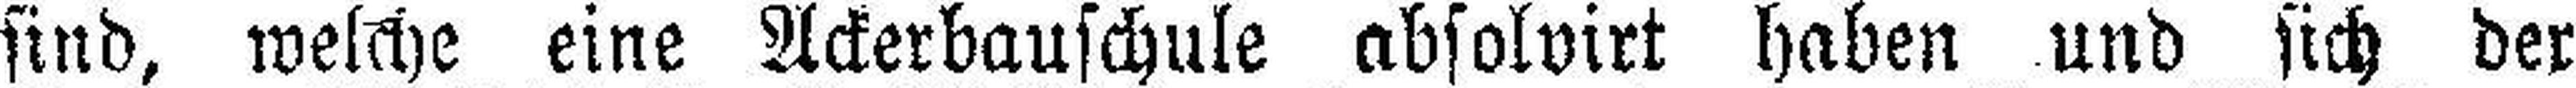
sind, welche eine Ackerbauschule absolvirt haben und sich der